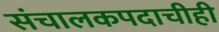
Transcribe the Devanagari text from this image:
संचालकपदाचीही